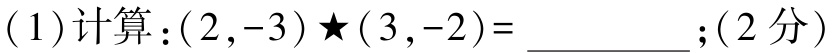
(1)计算：$(2,-3)\bigstar(3,-2)=$__________；(2分)